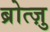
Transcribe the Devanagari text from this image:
ब्रोत्ज़ु